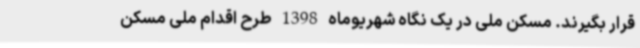
قرار بگیرند. مسکن ملی در یک نگاه شهریوماه 1398 طرح اقدام ملی مسکن